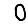
Digit: 0